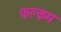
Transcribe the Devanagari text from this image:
फल्क्रम